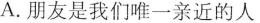
A.朋友是我们唯一亲近的人